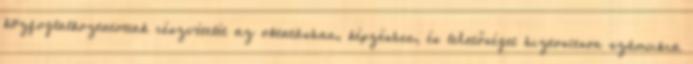
közfoglalkoztatottak részvételét az oktatásban, képzésben, és lehetőséget biztosítson számukra